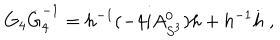
G _ { 4 } \dot { G } _ { 4 } ^ { - 1 } = h ^ { - 1 } ( - 4 i A _ { S ^ { 3 } } ^ { 0 } ) h + h ^ { - 1 } \dot { h } \; ,